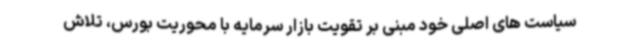
سیاست های اصلی خود مبنی بر تقویت بازار سرمایه با محوریت بورس، تلاش